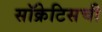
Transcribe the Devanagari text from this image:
सॉक्रेटिसची